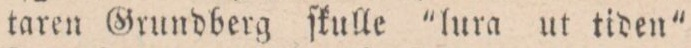
taren Grundberg ſkulle ”lura ut tiden”